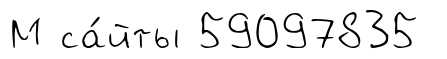
М са́йты 59097835